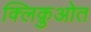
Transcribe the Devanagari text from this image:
क्लिक़ुओत